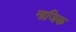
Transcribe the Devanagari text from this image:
नाजिक